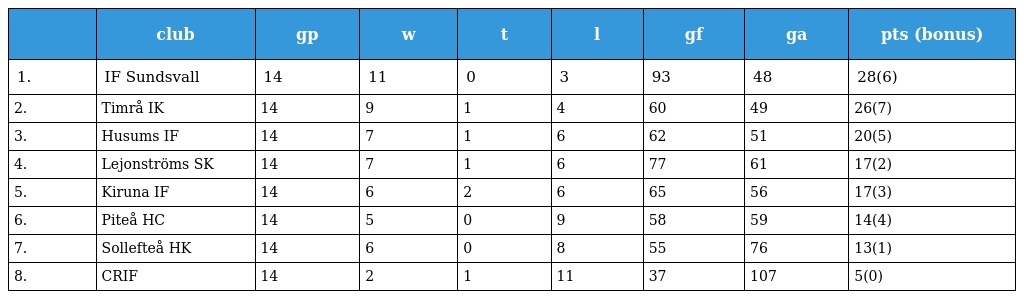
|  | club | gp | w | t | l | gf | ga | pts (bonus) |
 | --- | --- | --- | --- | --- | --- | --- | --- | --- |
 | 1. | IF Sundsvall | 14 | 11 | 0 | 3 | 93 | 48 | 28(6) |
 | 2. | Timrå IK | 14 | 9 | 1 | 4 | 60 | 49 | 26(7) |
 | 3. | Husums IF | 14 | 7 | 1 | 6 | 62 | 51 | 20(5) |
 | 4. | Lejonströms SK | 14 | 7 | 1 | 6 | 77 | 61 | 17(2) |
 | 5. | Kiruna IF | 14 | 6 | 2 | 6 | 65 | 56 | 17(3) |
 | 6. | Piteå HC | 14 | 5 | 0 | 9 | 58 | 59 | 14(4) |
 | 7. | Sollefteå HK | 14 | 6 | 0 | 8 | 55 | 76 | 13(1) |
 | 8. | CRIF | 14 | 2 | 1 | 11 | 37 | 107 | 5(0) |